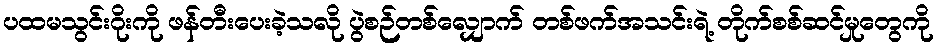
ပထမသွင်းဂိုးကို ဖန်တီးပေးခဲ့သလို ပွဲစဉ်တစ်လျှောက် တစ်ဖက်အသင်းရဲ့ တိုက်စစ်ဆင်မှုတွေကို